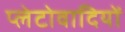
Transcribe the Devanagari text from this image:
प्लेटोवादियों